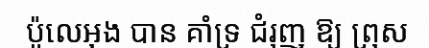
ប៉ូលេអុង បាន គាំទ្រ ជំរុញ ឱ្យ ព្រុស